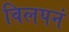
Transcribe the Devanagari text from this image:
विलपनं